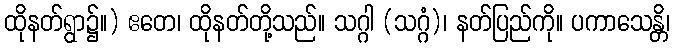
ထိုနတ်ရွာ၌။) ဧတေ၊ ထိုနတ်တို့သည်။ သဂ္ဂါ (သဂ္ဂံ)၊ နတ်ပြည်ကို။ ပကာသေန္တိ၊